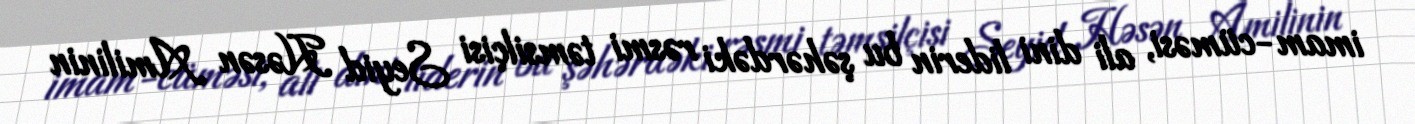
imam-cüməsi, ali dini liderin bu şəhərdəki rəsmi təmsilçisi Seyid Həsən Amilinin